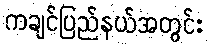
ကချင်ပြည်နယ်အတွင်း